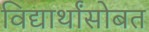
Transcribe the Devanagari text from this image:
विद्यार्थांसोबत